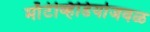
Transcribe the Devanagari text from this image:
माँटेव्हिडियोजवळ